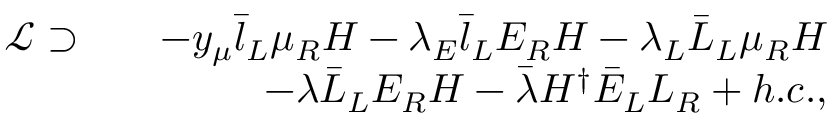
\begin{array} { r l r } { \mathcal { L } \supset } & { } & { - y _ { \mu } \bar { l } _ { L } \mu _ { R } H - \lambda _ { E } \bar { l } _ { L } E _ { R } H - \lambda _ { L } \bar { L } _ { L } \mu _ { R } H } \\ & { } & { - \lambda \bar { L } _ { L } E _ { R } H - \bar { \lambda } H ^ { \dagger } \bar { E } _ { L } L _ { R } + h . c . , } \end{array}